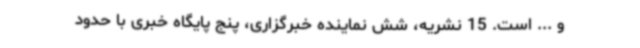
و ... است. 15 نشریه، شش نماینده خبرگزاری، پنج پایگاه خبری با حدود